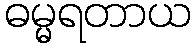
ဓမ္မရတာယ